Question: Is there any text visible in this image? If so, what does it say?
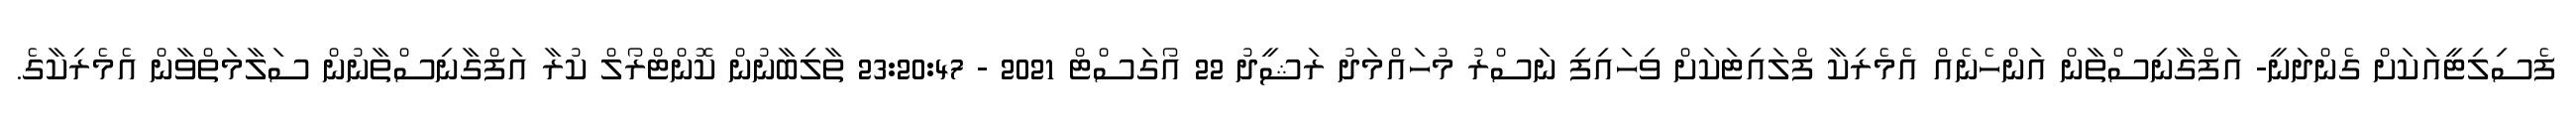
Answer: ފެސިލިޓީއަކަށް ގެންދަނީ- އަފްގާނިސްތާން އަންހެނެއް އެމެރިކާ ފްލައިޓަކަށް ވިހައިފި ނަސްރު މުހައްމަދު ރަޝީދު 22 އޯގަސްޓް 2021 - 23:20:47 ތާލިބާނުން ކޮންޓްރޯލް ކުރާ އަފްގާނިސްތާނުން ސަލާމަތްވާން އެމެރިކާގެ.